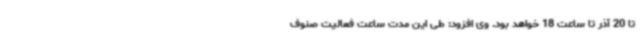
تا 20 آذر تا ساعت 18 خواهد بود. وی افزود: طی این مدت ساعت فعالیت صنوف